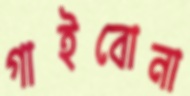
গাইবোনা